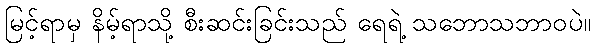
မြင့်ရာမှ နိမ့်ရာသို့ စီးဆင်းခြင်းသည် ရေရဲ့ သဘောသဘာဝပဲ။